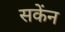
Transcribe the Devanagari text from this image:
सकेंन